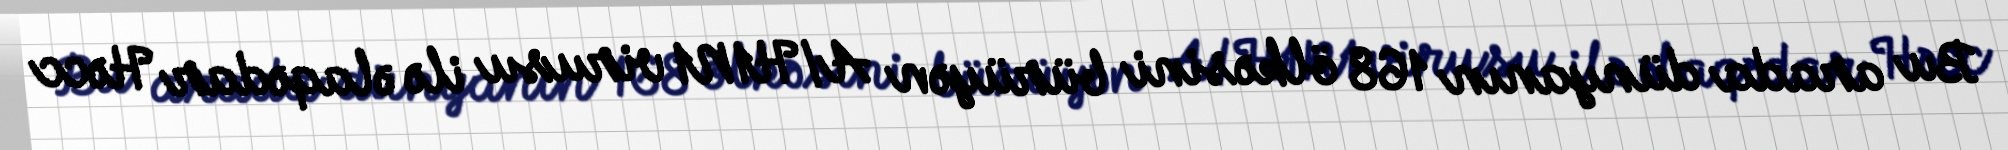
Bu arada dünyanın 168 ölkəsini bürüyən A/H1N1 virusu ilə əlaqədar Həcc